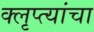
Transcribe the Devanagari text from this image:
क्लृप्त्यांचा